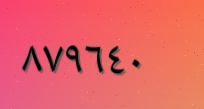
٨٧٩٦٤٠